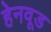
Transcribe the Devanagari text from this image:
हेनवूड